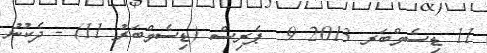
11 ޑިސެމްބަރ 2013 9  ޕެރިސް (ޑިސެމްބަރު 11) - ދެކުނު